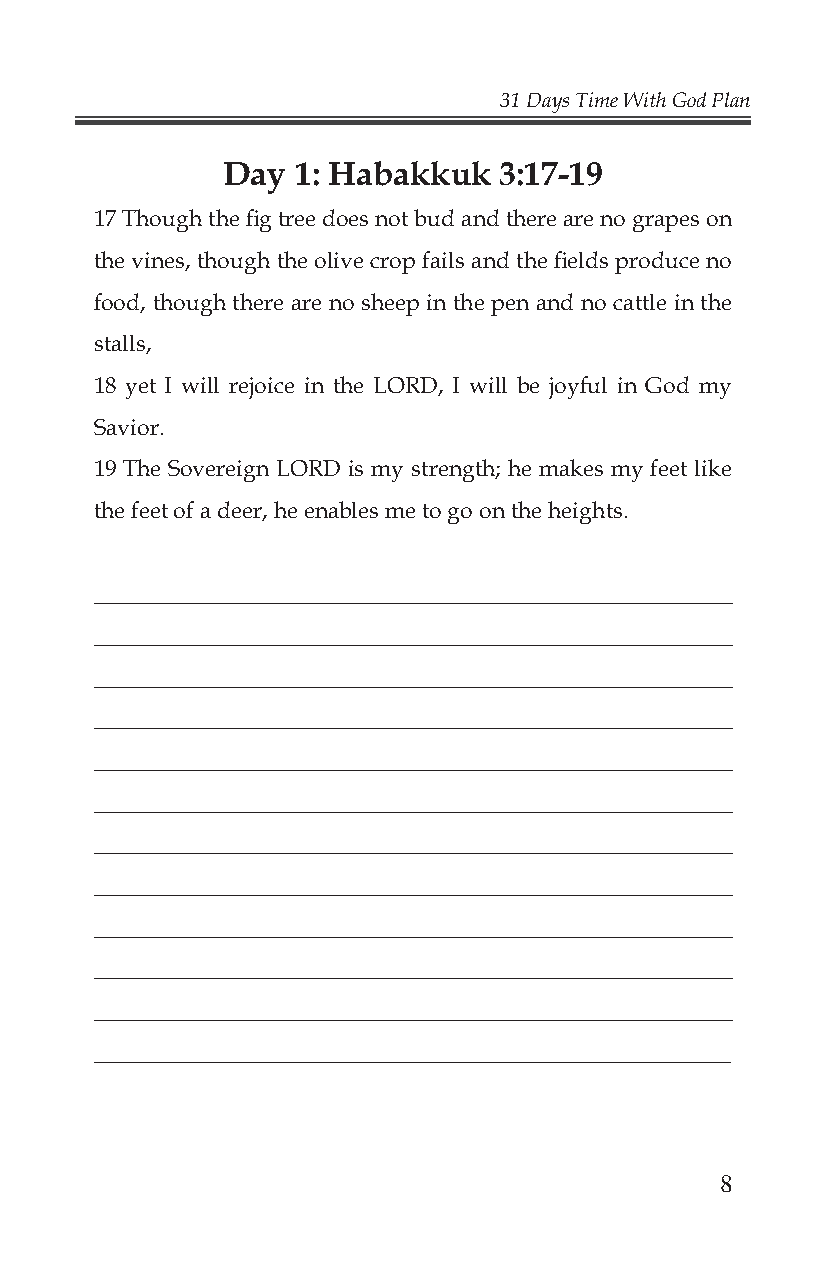
31 Days Time With God Plan
 Day 1: Habakkuk   3:17-19
 17 Though the fi g tree does not bud and there are no grapes on
 the vines, though the olive crop fails and the fi elds produce no
 food, though there are no sheep in the pen and no cattle in the
 stalls,
 18 yet I will rejoice in the LORD, I will be joyful in God my
 Savior.
 19 The Sovereign LORD is my strength; he makes my feet like
 the feet of a deer, he enables me to go on the heights.
 _____________________________________________________________
 _____________________________________________________________
 _____________________________________________________________
 _____________________________________________________________
 _____________________________________________________________
 _____________________________________________________________
 _____________________________________________________________
 _____________________________________________________________
 _____________________________________________________________
 _____________________________________________________________
 _____________________________________________________________
 _____________________________________________________________
 8